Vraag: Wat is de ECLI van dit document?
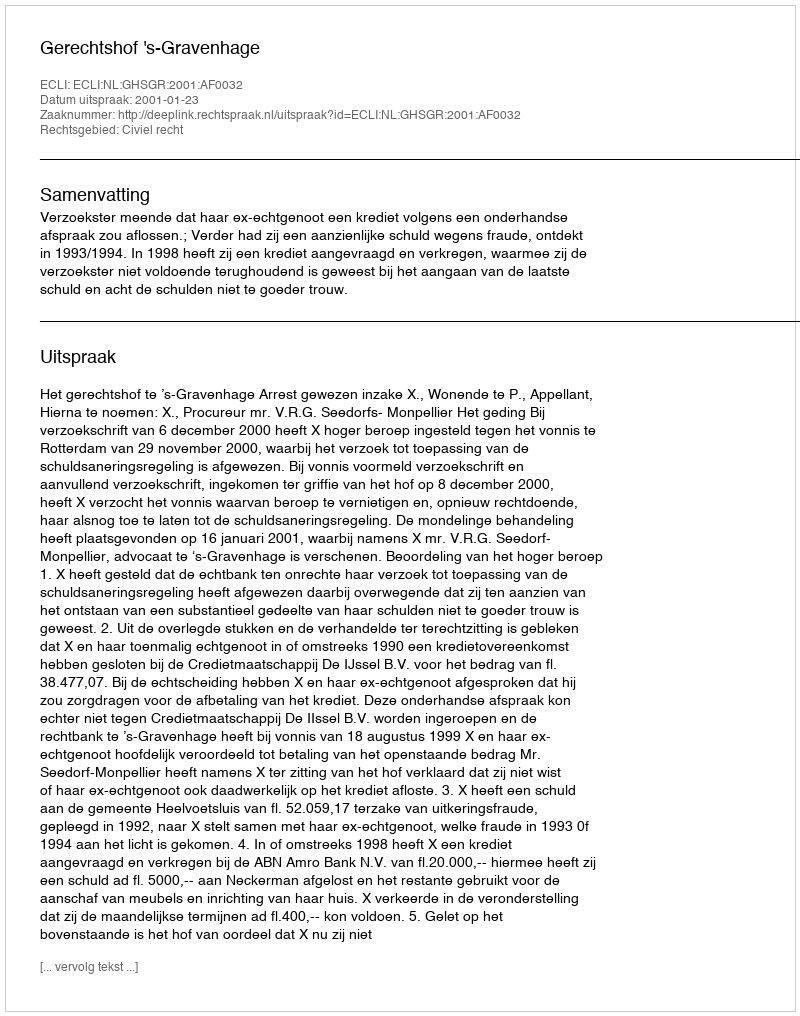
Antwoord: ECLI:NL:GHSGR:2001:AF0032